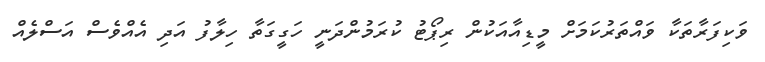
ވަކިފަރާތަކާ ވައްތަރުކަމަށް މީޑިއާއަކުން ރިޕޯޓު ކުރަމުންދަނީ ހަގީގަތާ ހިލާފު އަދި އެއްވެސް އަސްލެއް